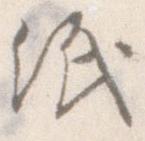
紙